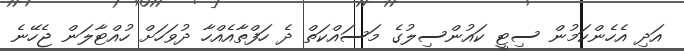
އަދި އެހެންކަމުން ސިޓީ ކައުންސިލުގެ މަސައްކަތް ދެ ހަފްތާއެއްހާ ދުވަހަށް ހުއްޓާލަން ޖެހޭނެ